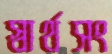
স্বার্থসং